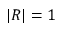
| R | = 1